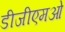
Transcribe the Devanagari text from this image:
डीजीएमओ